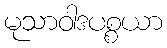
မုသာဝါဒပစ္စယာ